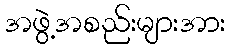
အဖွဲ့အစည်းများအား